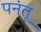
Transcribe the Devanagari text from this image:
पनंतू